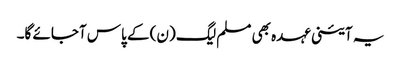
یہ آئینی عہدہ بھی مسلم لیگ (ن) کے پاس آجائے گا۔